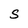
Character: S